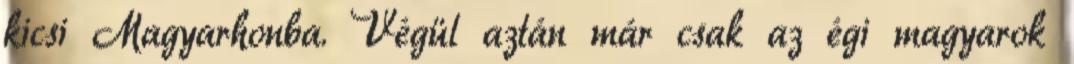
kicsi Magyarhonba. Végül aztán már csak az égi magyarok